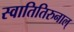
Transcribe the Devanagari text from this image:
स्वातितिरुनाल्